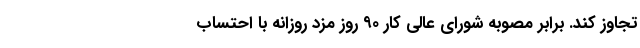
تجاوز کند. برابر مصوبه شورای عالی کار ۹۰ روز مزد روزانه با احتساب